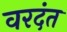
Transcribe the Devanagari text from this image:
वरदंत